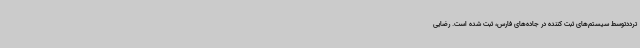
ترددتوسط سیستم‌های ثبت کننده در جاده‌های فارس، ثبت شده است. رضایی